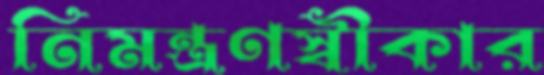
নিমন্ত্রণস্বীকার